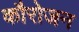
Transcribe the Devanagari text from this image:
कौरोजन